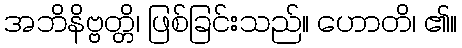
အဘိနိဗ္ဗတ္တိ၊ ဖြစ်ခြင်းသည်။ ဟောတိ၊ ၏။